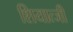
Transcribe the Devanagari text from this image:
शियात्जी